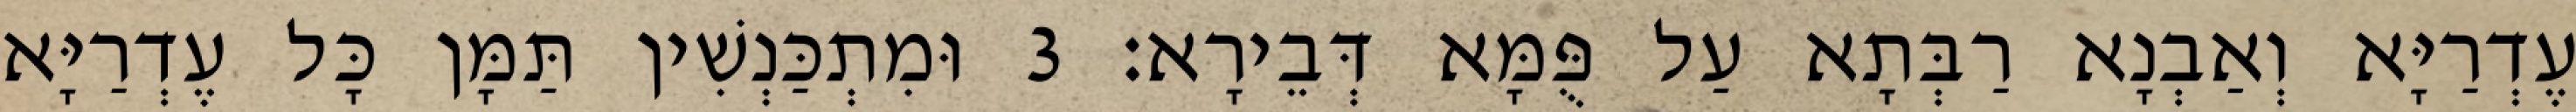
עֶדְרַיָּא וְאַבְנָא רַבְּתָא עַל פֻּמָּא דְּבֵירָא׃ 3 וּמִתְכַּנְשִׁין תַּמָּן כָּל עֶדְרַיָּא